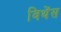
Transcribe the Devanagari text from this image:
विथेंस